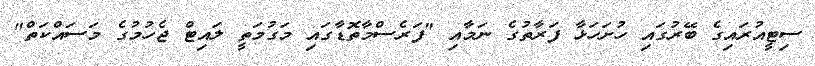
ސިޓީއުރައިގެ ބޭރުގައި ހުށަހަޅާ ފަރާތުގެ ނަމާއި "ފަރެސްމާތޮޑާގައި މަގުމަތީ ލައިޓް ޖެހުމުގެ މަސައްކަތް"